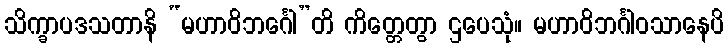
သိက္ခာပဒသတာနိ “မဟာဝိဘင်္ဂေါ”တိ ကိတ္တေတွာ ဌပေသုံ။ မဟာဝိဘင်္ဂါဝသာနေပိ